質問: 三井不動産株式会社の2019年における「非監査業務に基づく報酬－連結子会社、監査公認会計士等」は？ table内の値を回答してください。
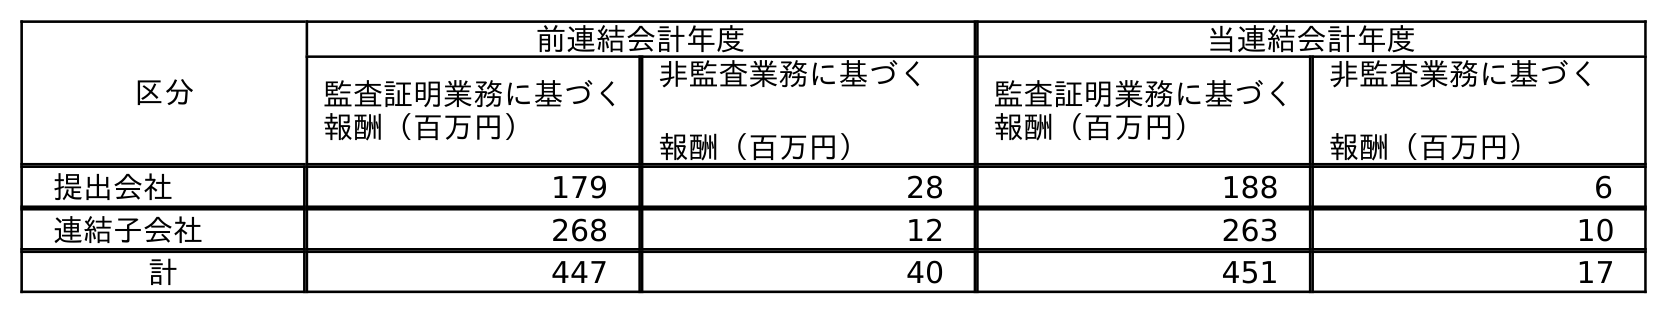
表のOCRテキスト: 区分 前連結会計年度 当連結会計年度 監査証明業務に基づく 報酬（百万円） 非監査業務に基づく 報酬（百万円） 監査証明業務に基づく 報酬（百万円） 非監査業務に基づく 報酬（百万円） 提出会社 179 28 188 6 連結子会社 268 12 263 10 計 447 40 451 17
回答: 12